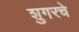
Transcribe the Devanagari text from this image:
शुगरचे